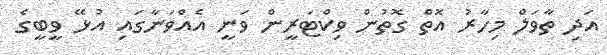
އަދި ތާވަލް މިހާރު އޮތް ގޮތުން ވިކްޓަރީން ވަނީ އެއްވަނާގައި އުޅޭ ވީބީގެ